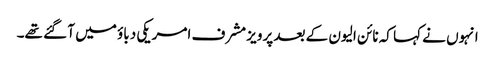
انہوں نے کہا کہ نائن الیون کے بعد پرویز مشرف امریکی دباؤ میں آ گئے تھے۔